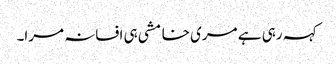
کہہ رہی ہے مری خامشی ہی افسانہ مرا۔